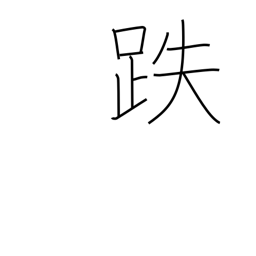
Meaning: stumble